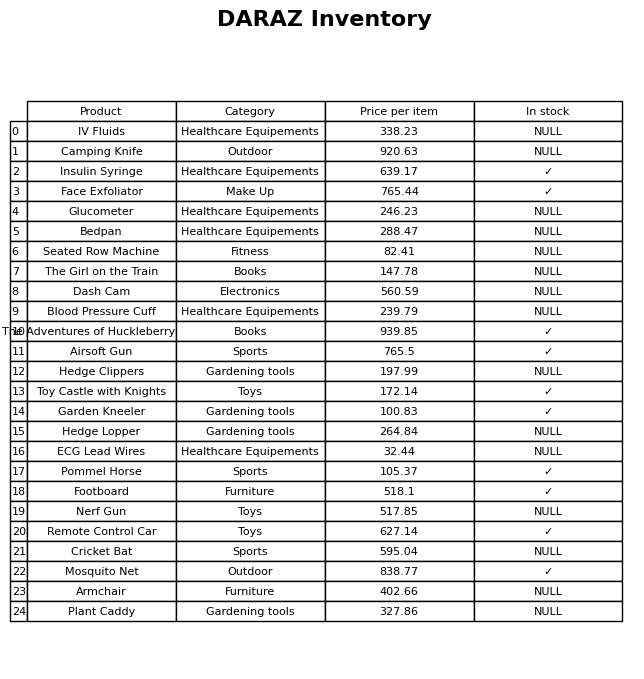
question: What is the price of the Face Exfoliator?
answer: The price of Face Exfoliator is 765.44.